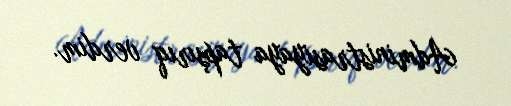
Administrasiyaya tapşırıq verdim.